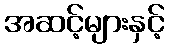
အဆင့်များနှင့်